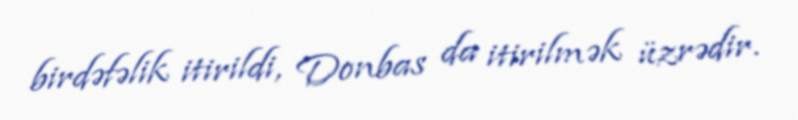
birdəfəlik itirildi, Donbas da itirilmək üzrədir.